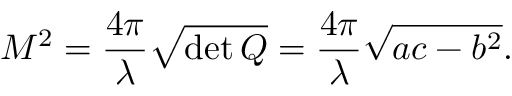
M ^ { 2 } = \frac { 4 \pi } { \lambda } \sqrt { \operatorname* { d e t } Q } = \frac { 4 \pi } { \lambda } \sqrt { a c - b ^ { 2 } } .